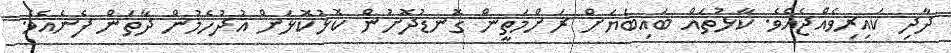
ދާދި ކައިރިވެއްޖެއެވެ. ކާޅުތައް ބައިބަޔަށް ރަށްމަތީން ގޮނޑުދޮށުން ކޮޅުކޮޅަށް އުދުހެމުން ދާތަން ފެނެއެވެ.